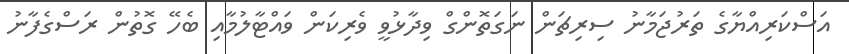
އަސްކަރިއްޔާގެ ތަރުޖަމާނު ސިރިޗަން ނަގަތޮންގް ވިދާޅުވީ ވެރިކަން ވައްޓާލުމާއި ބެހޭ ގޮތުން ރަސްގެފާނު